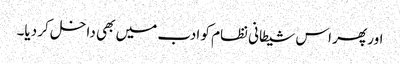
اور پھر اس شیطانی نظام کو ادب میں بھی داخل کر دیا۔